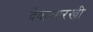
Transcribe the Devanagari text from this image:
देवासारखी